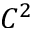
C ^ { 2 }